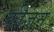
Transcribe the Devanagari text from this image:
क्रीजन